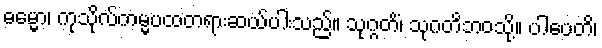
ဓမ္မော၊ ကုသိုလ်ကမ္မပထတရားဆယ်ပါးသည်။ သုဂ္ဂတိံ၊ သုဂတိဘဝသို့။ ပါပေတိ၊